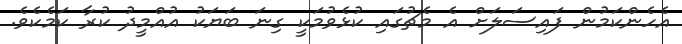
އެހެންކަމުން ފައިސަލަށް އެ މެޗުގައި ކުޅެވުމަކީ ގިނަ ބަޔަކު އުއްމީދު ކުރާ ކަމެކެވެ.